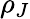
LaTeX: \rho_{J}